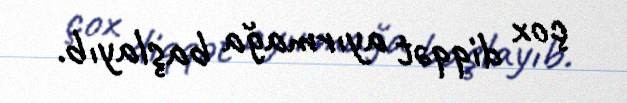
çox diqqət ayırmağa başlayıb.